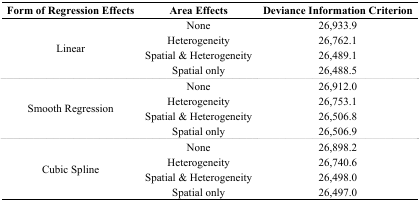
<table><thead><tr><td><b>Form of Regression Effects</b></td><td><b>Area Effects</b></td><td><b>Deviance Information Criterion</b></td></tr></thead><tbody><tr><td rowspan="4">Linear</td><td>None</td><td>26,933.9</td></tr><tr><td>Heterogeneity</td><td>26,762.1</td></tr><tr><td>Spatial &amp; Heterogeneity</td><td>26,489.1</td></tr><tr><td>Spatial only</td><td>26,488.5</td></tr><tr><td rowspan="4">Smooth Regression</td><td>None</td><td>26,912.0</td></tr><tr><td>Heterogeneity</td><td>26,753.1</td></tr><tr><td>Spatial &amp; Heterogeneity</td><td>26,506.8</td></tr><tr><td>Spatial only</td><td>26,506.9</td></tr><tr><td rowspan="4">Cubic Spline</td><td>None</td><td>26,898.2</td></tr><tr><td>Heterogeneity</td><td>26,740.6</td></tr><tr><td>Spatial &amp; Heterogeneity</td><td>26,498.0</td></tr><tr><td>Spatial only</td><td>26,497.0</td></tr></tbody></table>